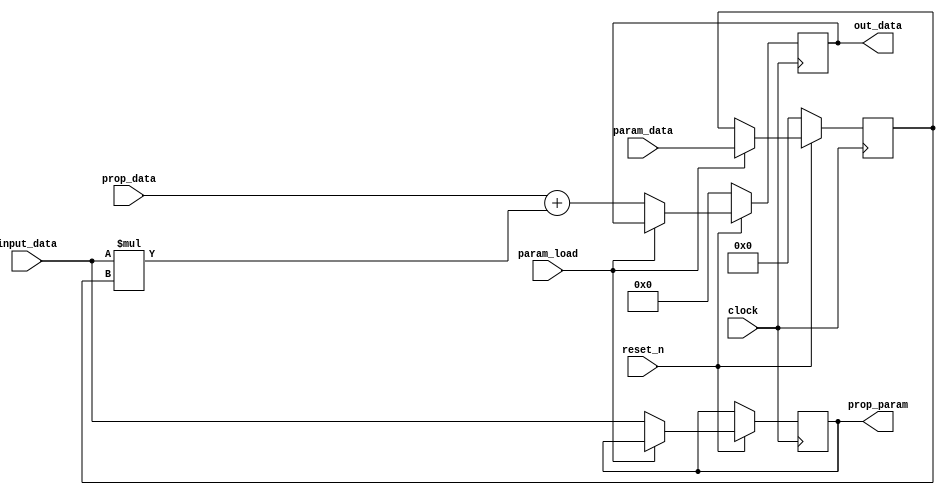
module sys_array_cell

#(parameter DATA_WIDTH=8)

(
    input  clock,
    input  reset_n,
    input  param_load,

    input  signed [DATA_WIDTH - 1:0] input_data,
    input  signed [2*DATA_WIDTH-1:0] prop_data,
    input  signed [DATA_WIDTH-1:0] param_data,
    output reg signed [2*DATA_WIDTH-1:0] out_data,
    output reg signed [DATA_WIDTH-1:0] prop_param
);

reg signed [DATA_WIDTH-1:0] param;

    always @(posedge clock)
    begin
        if (~reset_n)
        begin
				out_data <= {2*DATA_WIDTH{1'b0}};
                                param <= {DATA_WIDTH{1'b0}};
        end
        else if (param_load) 
		      begin
				param <= param_data;
				end
		  else
		  begin
		  out_data<= prop_data+input_data*param;
		  prop_param <= input_data;
		  end	   
    end

endmodule